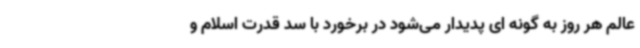
عالم هر روز به گونه ای پدیدار می‌شود در برخورد با سد قدرت اسلام و